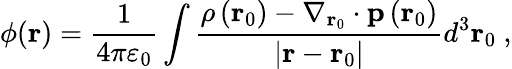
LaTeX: \phi(\mathbf{r})={\frac{1}{4\pi\varepsilon_{0}}}\int{\frac{\rho\left(\mathbf{r}_{0}\right)-\nabla_{\mathbf{r}_{0}}\cdot\mathbf{p}\left(\mathbf{r}_{0}\right)}{\left|\mathbf{r}-\mathbf{r}_{0}\right|}}d^{3}\mathbf{r}_{0}\ ,